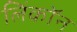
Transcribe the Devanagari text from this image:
लिंकॉन